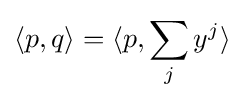
\langle p,q\rangle =\langle p,\sum _{j}y^{j}\rangle